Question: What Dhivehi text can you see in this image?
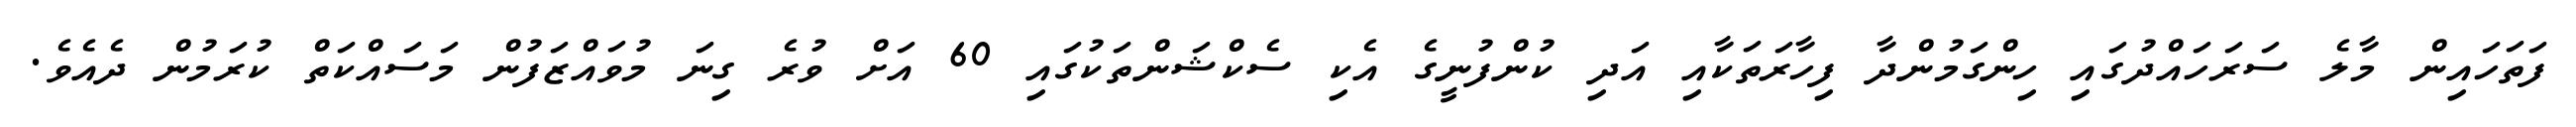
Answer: ފަތަހައިން މާލެ ސަރަހައްދުގައި ހިންގަމުންދާ ފިހާރަތަކާއި އަދި ކުންފުނީގެ އެކި ސެކްޝަންތަކުގައި 60 އަށް ވުރެ ގިނަ މުވައްޒަފުން މަސައްކަތް ކުރަމުން ދެއެވެ.